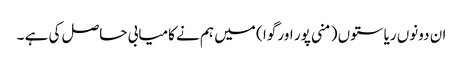
ان دونوں ریاستوں ( منی پور اور گوا ) میں ہم نے کامیابی حاصل کی ہے ۔